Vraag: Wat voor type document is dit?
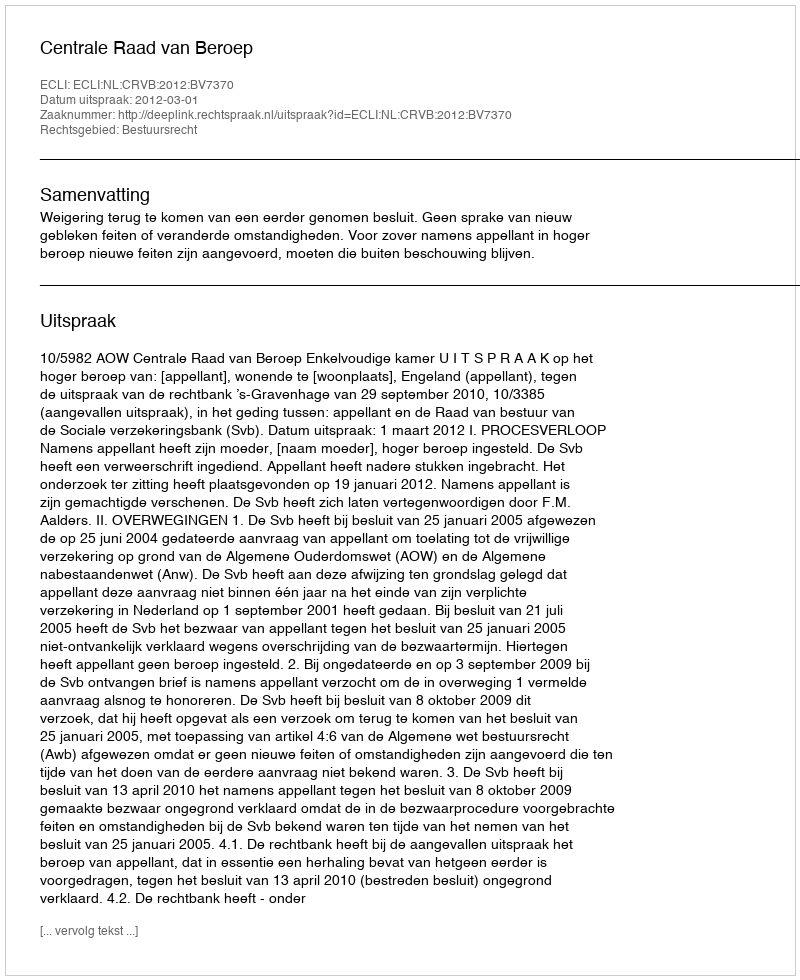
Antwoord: Uitspraak